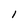
Character: I